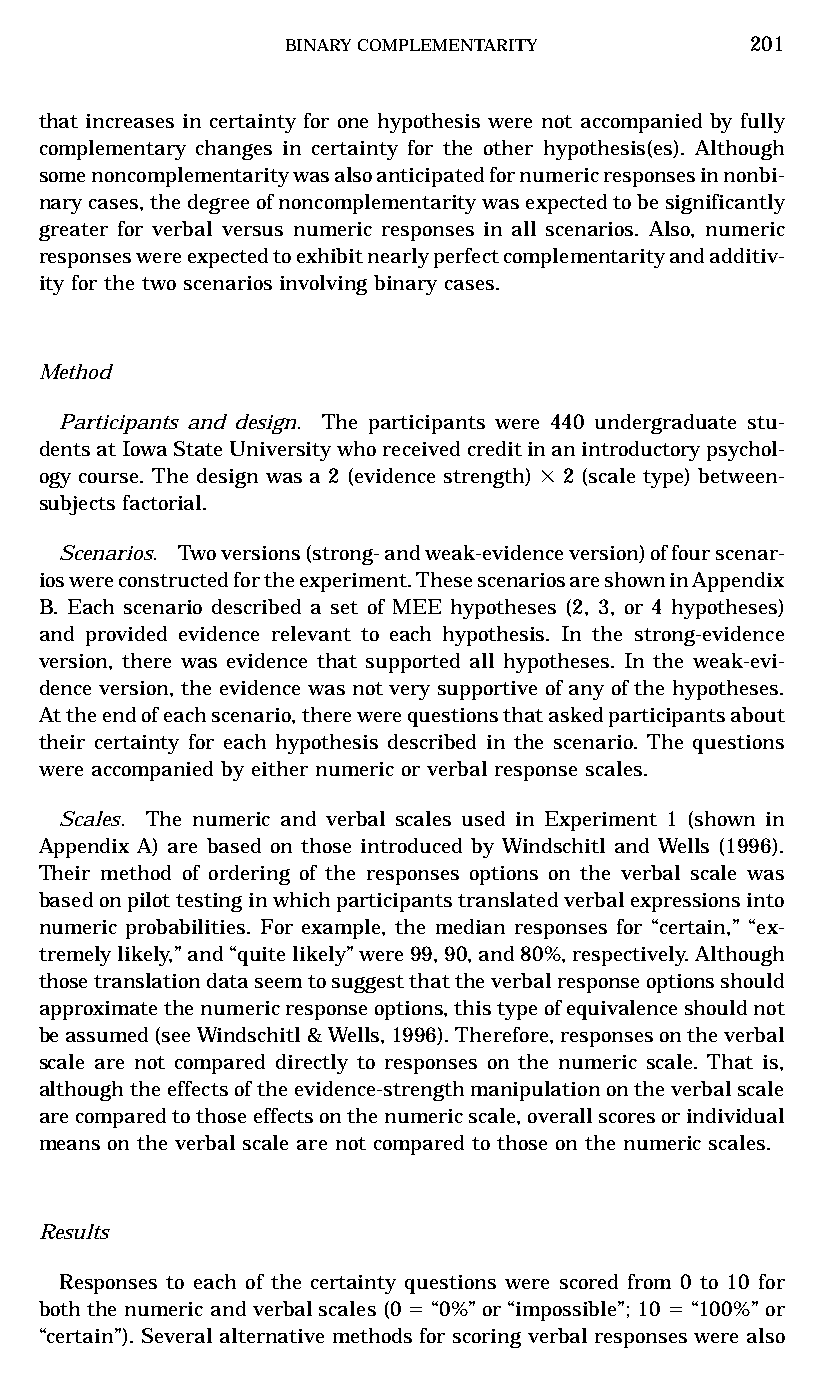
BINARYCOMPLEMENTARITY         201
 that increases in certainty for one hypothesis were not accompanied by fully
 complementary changes in certainty for the other hypothesis(es). Although
 somenoncomplementaritywasalsoanticipatedfornumericresponsesinnonbi-
 narycases,thedegreeofnoncomplementaritywasexpectedtobesignificantly
 greater for verbal versus numeric responses in all scenarios. Also, numeric
 responseswereexpectedtoexhibitnearlyperfectcomplementarityandadditiv-
 ity for the two scenarios involving binary cases.
 Method
 Participants and design. The participants were 440 undergraduate stu-
 dentsatIowaStateUniversitywhoreceivedcreditinanintroductorypsychol-
 ogy course. The design was a 2 (evidence strength) 3 2 (scale type) between-
 subjects factorial.
 Scenarios. Twoversions(strong-andweak-evidenceversion)offourscenar-
 ioswereconstructedfortheexperiment.ThesescenariosareshowninAppendix
 B. Each scenario described a set of MEE hypotheses (2, 3, or 4 hypotheses)
 and provided evidence relevant to each hypothesis. In the strong-evidence
 version, there was evidence that supported all hypotheses. In the weak-evi-
 dence version, the evidence was not very supportive of any of the hypotheses.
 Attheendofeachscenario,therewerequestionsthataskedparticipantsabout
 their certainty for each hypothesis described in the scenario. The questions
 were accompanied by either numeric or verbal response scales.
 Scales. The numeric and verbal scales used in Experiment 1 (shown in
 Appendix A) are based on those introduced by Windschitl and Wells (1996).
 Their method of ordering of the responses options on the verbal scale was
 basedonpilottestinginwhichparticipantstranslatedverbalexpressionsinto
 numeric probabilities. For example, the median responses for “certain,” “ex-
 tremelylikely,”and“quitelikely”were99,90,and80%,respectively.Although
 thosetranslationdataseemtosuggestthattheverbalresponseoptionsshould
 approximatethenumericresponseoptions,thistypeofequivalenceshouldnot
 beassumed(seeWindschitl&Wells,1996).Therefore,responsesontheverbal
 scale are not compared directly to responses on the numeric scale. That is,
 althoughtheeffectsoftheevidence-strengthmanipulationontheverbalscale
 arecomparedtothoseeffectsonthenumericscale,overallscoresorindividual
 means on the verbal scale are not compared to those on the numeric scales.
 Results
 Responses to each of the certainty questions were scored from 0 to 10 for
 both thenumeric and verbalscales (0 5“0%” or“impossible”; 10 5“100%” or
 “certain”). Several alternativemethods for scoring verbalresponses were also